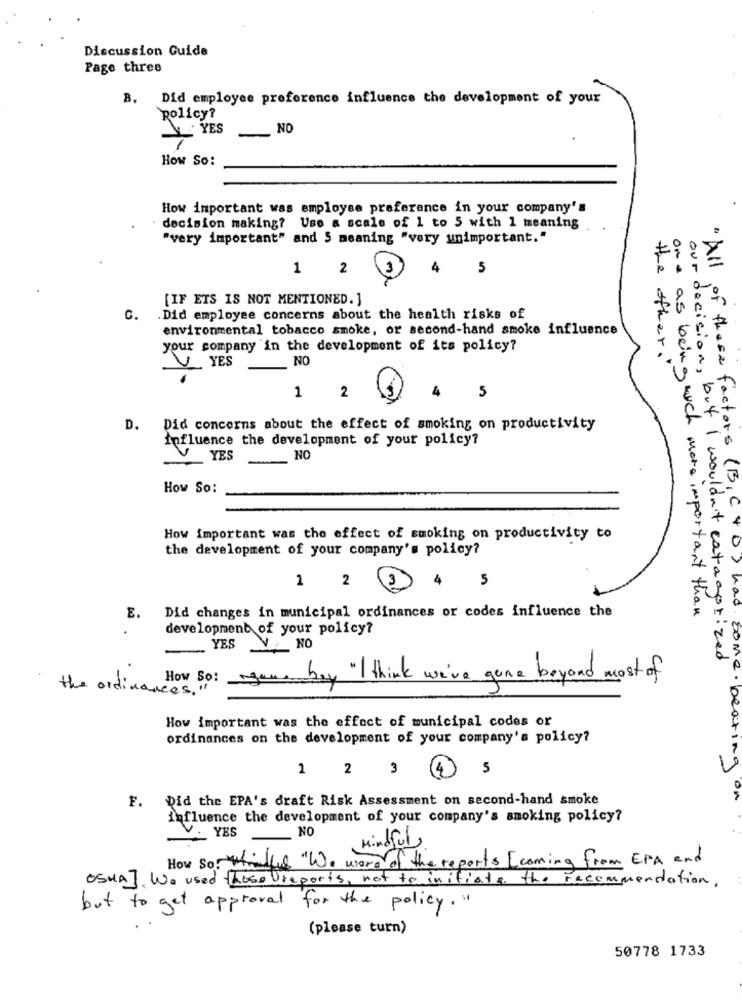
Discussion Guide
Page three
B.
Did employee preference influence the development of your
policy?
YES
NO
How SO:
How important was employee preference in your company's
decision making? Use a scale of 1 to 5 with 1 meaning
"very important" and 5 meaning "very unimportant."
1
2
4
5
[IF ETS IS NOT MENTIONED. ]
C.
.Did employee concerns about the health risks of
environmental tobacco smoke, or second-hand smoke influence
your company in the development of its policy?
NO
V YES
the other .
our decision, l
4
1
2
5
D.
Did concerns about the effect of smoking on productivity
influence the development of your policy?
YES
NO
How So:
" All of these factors (B,C)
How important was the effect of smoking on productivity to
the development of your company's policy?
1
2
4 5
Did changes in municipal ordinances or codes influence the
ona as being ruch more important than
E.
development of your policy?
YES
V. NO
a, but I wouldn't categorized
How So :
buy "I think we've gene beyond most of
the ordinances,"
How important was the effect of municipal codes or
ordinances on the development of your company's policy?
1
2
3 4 5
o> had some. beating
Did the EPA's draft Risk Assessment on second-hand smoke
F.
influence the development of your company's smoking policy?
NO
V. YES
Mindful
How So while "We word of the reports [coming from EPA and
OSHA]. We used those Ureports, not to initiate the recommendation.
but to get approval for the policy."
(please turn)
50778 1733